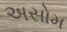
અસોમ